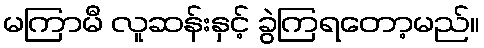
မကြာမီ လူဆန်းနှင့် ခွဲကြရတော့မည်။